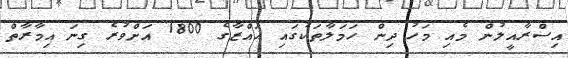
އިސްރާއީލުން މެއި މަހު ދިން ހަމަލާތަކުގައި ޣައްޒާގެ 1800 އަށްވުރެ ގިނަ އިމާރާތް